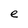
Character: e